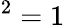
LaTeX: ^2=1